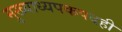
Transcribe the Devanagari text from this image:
मुख्याध्यपकपदही